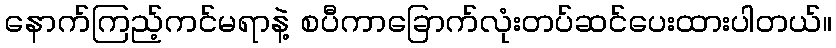
နောက်ကြည့်ကင်မရာနဲ့ စပီကာခြောက်လုံးတပ်ဆင်ပေးထားပါတယ်။